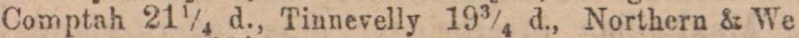
Comptah 21¼ d., Tinnevelly 19¾ d., Northern & We